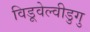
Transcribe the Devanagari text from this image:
विडूवेल्वीडुगु